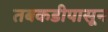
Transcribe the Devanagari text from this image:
तबकडीपासून